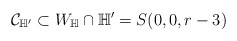
\begin{align*}\mathcal{C}_{\mathbb{H}'} \subset W_\mathbb{H} \cap \mathbb{H}' =S(0,0,r-3)\end{align*}